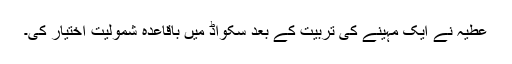
عطیہ نے ایک مہینے کی تربیت کے بعد سکواڈ میں باقاعدہ شمولیت اختیار کی۔